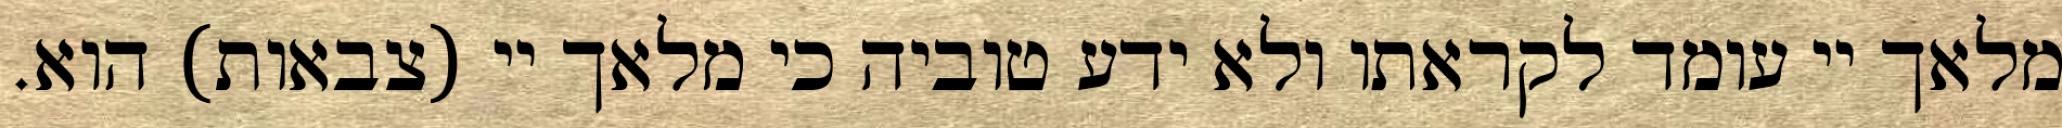
מלאך יי עומד לקראתו ולא ידע טוביה כי מלאך יי (צבאות) הוא.